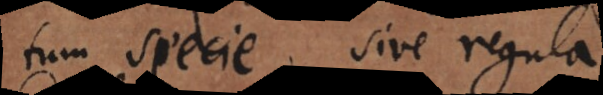
tum specie sive regula.